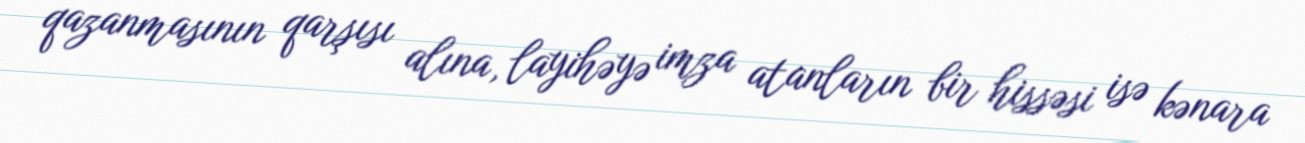
qazanmasının qarşısı alına, layihəyə imza atanların bir hissəsi isə kənara